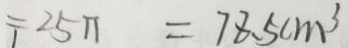
= 2 5 \pi = 7 8 . 5 c m ^ { 3 }